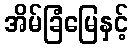
အိမ်ခြံမြေနှင့်